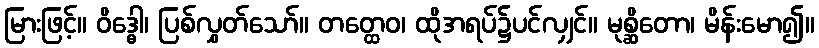
မြားဖြင့်။ ဝိဒ္ဓေါ၊ ပြစ်လွှတ်သော်။ တတ္ထေဝ၊ ထိုအရပ်၌ပင်လျှင်။ မုစ္ဆိတော၊ မိန်းမော၍။